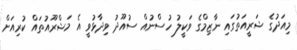
މިއަދުގެ ޝަރީއަތުގައި ނާޒިމްގެ ވަކީލު ހުސްނުއް ސުއޫދު ވިދާޅުވީ އެ މަޝްރޫއުތައް ކުރިއަށް